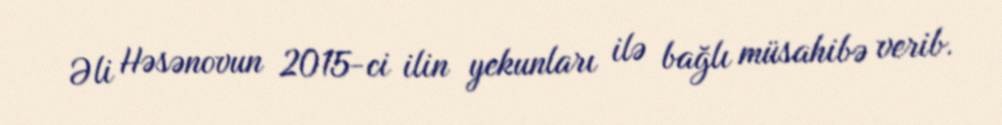
Əli Həsənovun 2015-ci ilin yekunları ilə bağlı müsahibə verib.